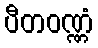
ပီတဝဏ္ဏံ